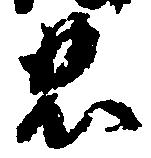
忠